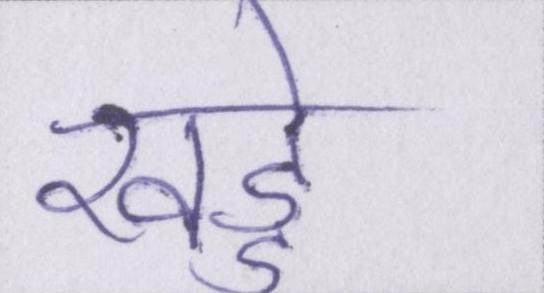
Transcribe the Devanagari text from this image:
खड्डे